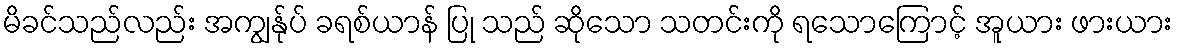
မိခင်သည်လည်း အကျွန်ုပ် ခရစ်ယာန် ပြု သည် ဆိုသော သတင်းကို ရသောကြောင့် အူယား ဖားယား